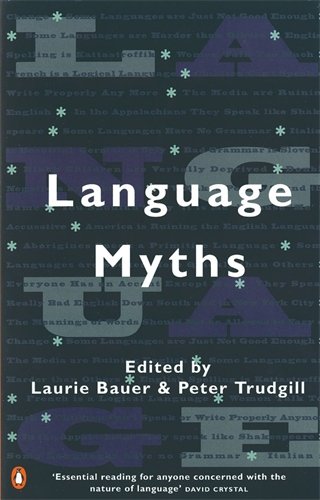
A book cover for Language Myths; Reference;